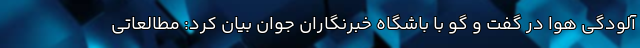
آلودگی هوا در گفت و گو با باشگاه خبرنگاران جوان بیان کرد: مطالعاتی